Civil Veterinary Dept. Bombay admin report 1923-31 - 1923-1931
Year: 1923
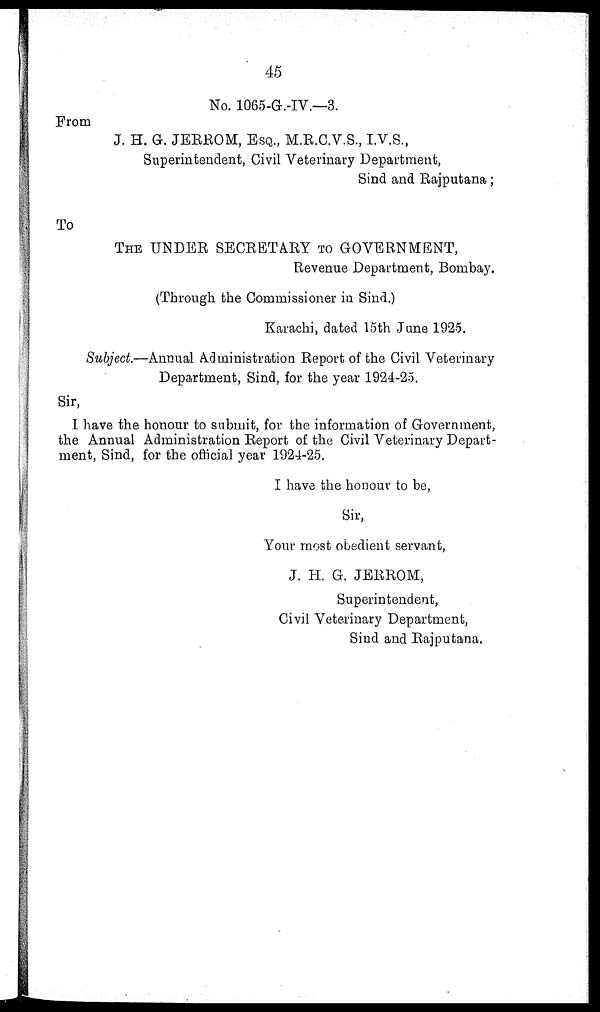
45
No. 1065-G.-IV.—3.
From
J. H. G. JERROM, ESQ., M.B.C.V.S., I.V.S.,
Superintendent, Civil Veterinary Department,
Sind and Rajputana;
To
THE UNDER SECRETARY TO GOVERNMENT,
Revenue Department, Bombay.
(Through the Commissioner in Sind.)
Karachi, dated 15th June 1925.
Subject.—Annual Administration Report of the Civil Veterinary
Department, Sind, for the year 1924-25.
Sir,
I have the honour to submit, for the information of Government,
the Annual Administration Report of the Civil Veterinary Depart-
ment, Sind, for the official year 1924-25.
I have the honour to be,
Sir,
Your most obedient servant,
J. H. G. JERROM,
Superintendent,
Civil Veterinary Department,
Sind and Rajputana.